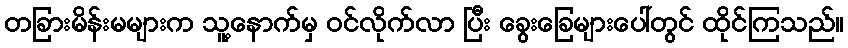
တခြားမိန်းမများက သူ့နောက်မှ ဝင်လိုက်လာ ပြီး ခွေးခြေများပေါ်တွင် ထိုင်ကြသည်။